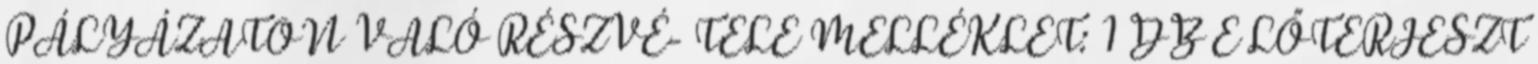
PÁLYÁZATON VALÓ RÉSZVÉ- TELE MELLÉKLET: 1 DB E LŐTERJESZT